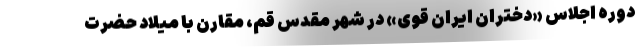
دوره اجلاس «دختران ایران قوی» در شهر مقدس قم، مقارن با میلاد حضرت